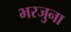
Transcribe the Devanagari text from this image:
भरजुना